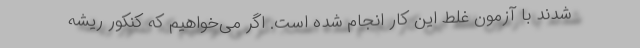
شدند با آزمون غلط این کار انجام شده است. اگر می‌خواهیم که کنکور ریشه